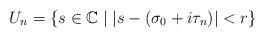
LaTeX: \begin{gather*}U_n= \{s \in \mathbb{C} \mid |s-(\sigma_0+i \tau_n)|<r \} \end{gather*}